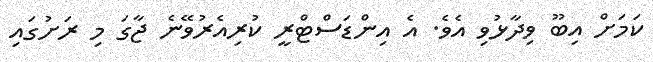
ކަމަށް އިބޫ ވިދާޅުވި އެވެ. އެ އިންޑަސްޓްރީ ކުރިއެރުވޭނެ ޖާގަ މި ރަށުގައި